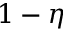
1 - \eta